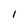
Character: l